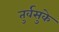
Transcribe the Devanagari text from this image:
तुर्वसुके